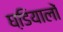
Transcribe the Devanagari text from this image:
घडि़यालों